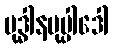
ဗုဒ္ဓါနမုပ္ပါဒေါ